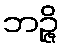
ဘဉ္ဇိ